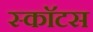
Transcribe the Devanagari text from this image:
स्काॅटस